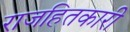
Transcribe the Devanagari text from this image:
राजहितकारी